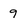
Character: 9